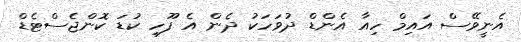
އެނީވޭސް އައިމް ހިއާ އެންޑް ދުވަހަކު ދެން އެ ފޫހި ކުޑަ ކޮންޖެސްޓެޑް